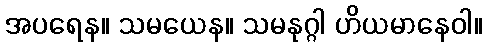
အပရေန။ သမယေန။ သမနုဂ္ဂါ ဟိယမာနေဝါ။